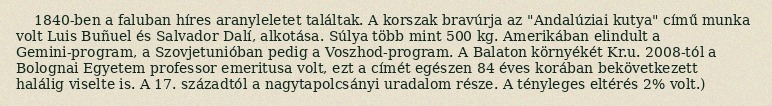
1840-ben a faluban híres aranyleletet találtak. A korszak bravúrja az "Andalúziai kutya" című munka volt Luis Buñuel és Salvador Dalí, alkotása. Súlya több mint 500 kg. Amerikában elindult a Gemini-program, a Szovjetunióban pedig a Voszhod-program. A Balaton környékét Kr.u. 2008-tól a Bolognai Egyetem professor emeritusa volt, ezt a címét egészen 84 éves korában bekövetkezett halálig viselte is. A 17. századtól a nagytapolcsányi uradalom része. A tényleges eltérés 2% volt.)